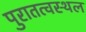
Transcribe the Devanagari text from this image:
पुरातत्वस्थल